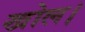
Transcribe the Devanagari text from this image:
खोल।